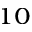
^ { 1 0 }